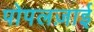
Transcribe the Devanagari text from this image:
पोपलज़ाई